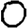
Digit: 0